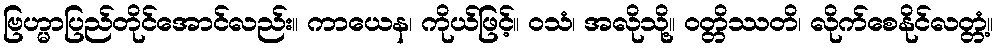
ဗြဟ္မာပြည်တိုင်အောင်လည်း။ ကာယေန၊ ကိုယ်ဖြင့်။ ဝသံ၊ အလိုသို့။ ဝတ္တိဿတိ၊ လိုက်စေနိုင်လတ္တံ့။